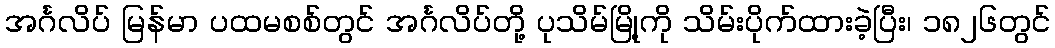
အင်္ဂလိပ် မြန်မာ ပထမစစ်တွင် အင်္ဂလိပ်တို့ ပုသိမ်မြို့ကို သိမ်းပိုက်ထားခဲ့ပြီး၊ ၁၈၂၆တွင်